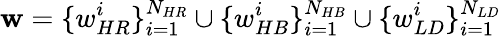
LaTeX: \mathbf{w}=\{ w_{HR}^{i}\} _{i=1}^{N_{HR}}\cup\{ w_{HB}^{i}\} _{i=1}^{N_{HB}}\cup\{ w_{LD}^{i}\} _{i=1}^{N_{LD}}